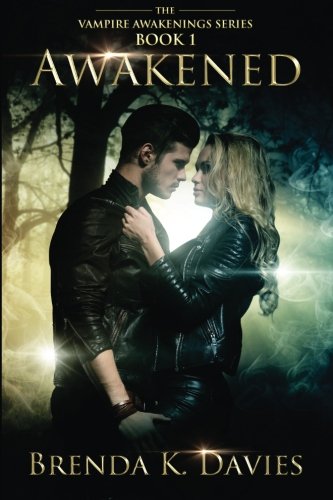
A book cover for Awakened (Vampire Awakenings 1) (Volume 1); Brenda K. Davies; Romance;